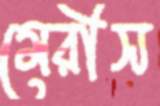
মেরীস